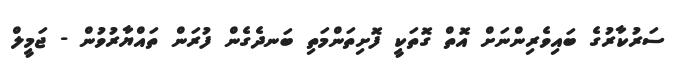
ސަރުކާރުގެ ބައިވެރިންނަށް އޮތް ގޮތަކީ ފޮށިތަންމަތި ބަނދެގެން ފުރަން ތައްޔާރުވުން - ޖަމީލް